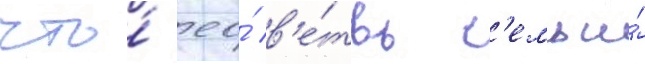
что́ ео́ в'е́твь с'емьи́